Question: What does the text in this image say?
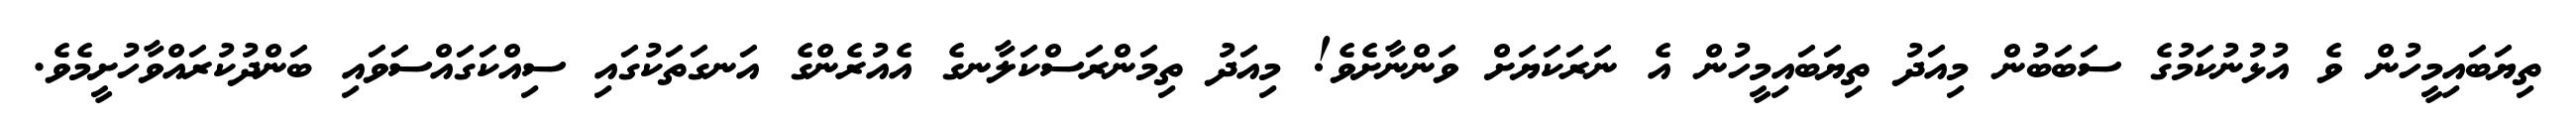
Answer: ތިޔަބައިމީހުން ވެ އުޅުނުކަމުގެ ސަބަބުން މިއަދު ތިޔަބައިމީހުން އެ ނަރަކަޔަށް ވަންނާށެވެ! މިއަދު ތިމަންރަސްކަލާނގެ އެއުރެންގެ އަނގަތަކުގައި ސިއްކަގައްސަވައި ބަންދުކުރައްވާހުށީމެވެ.